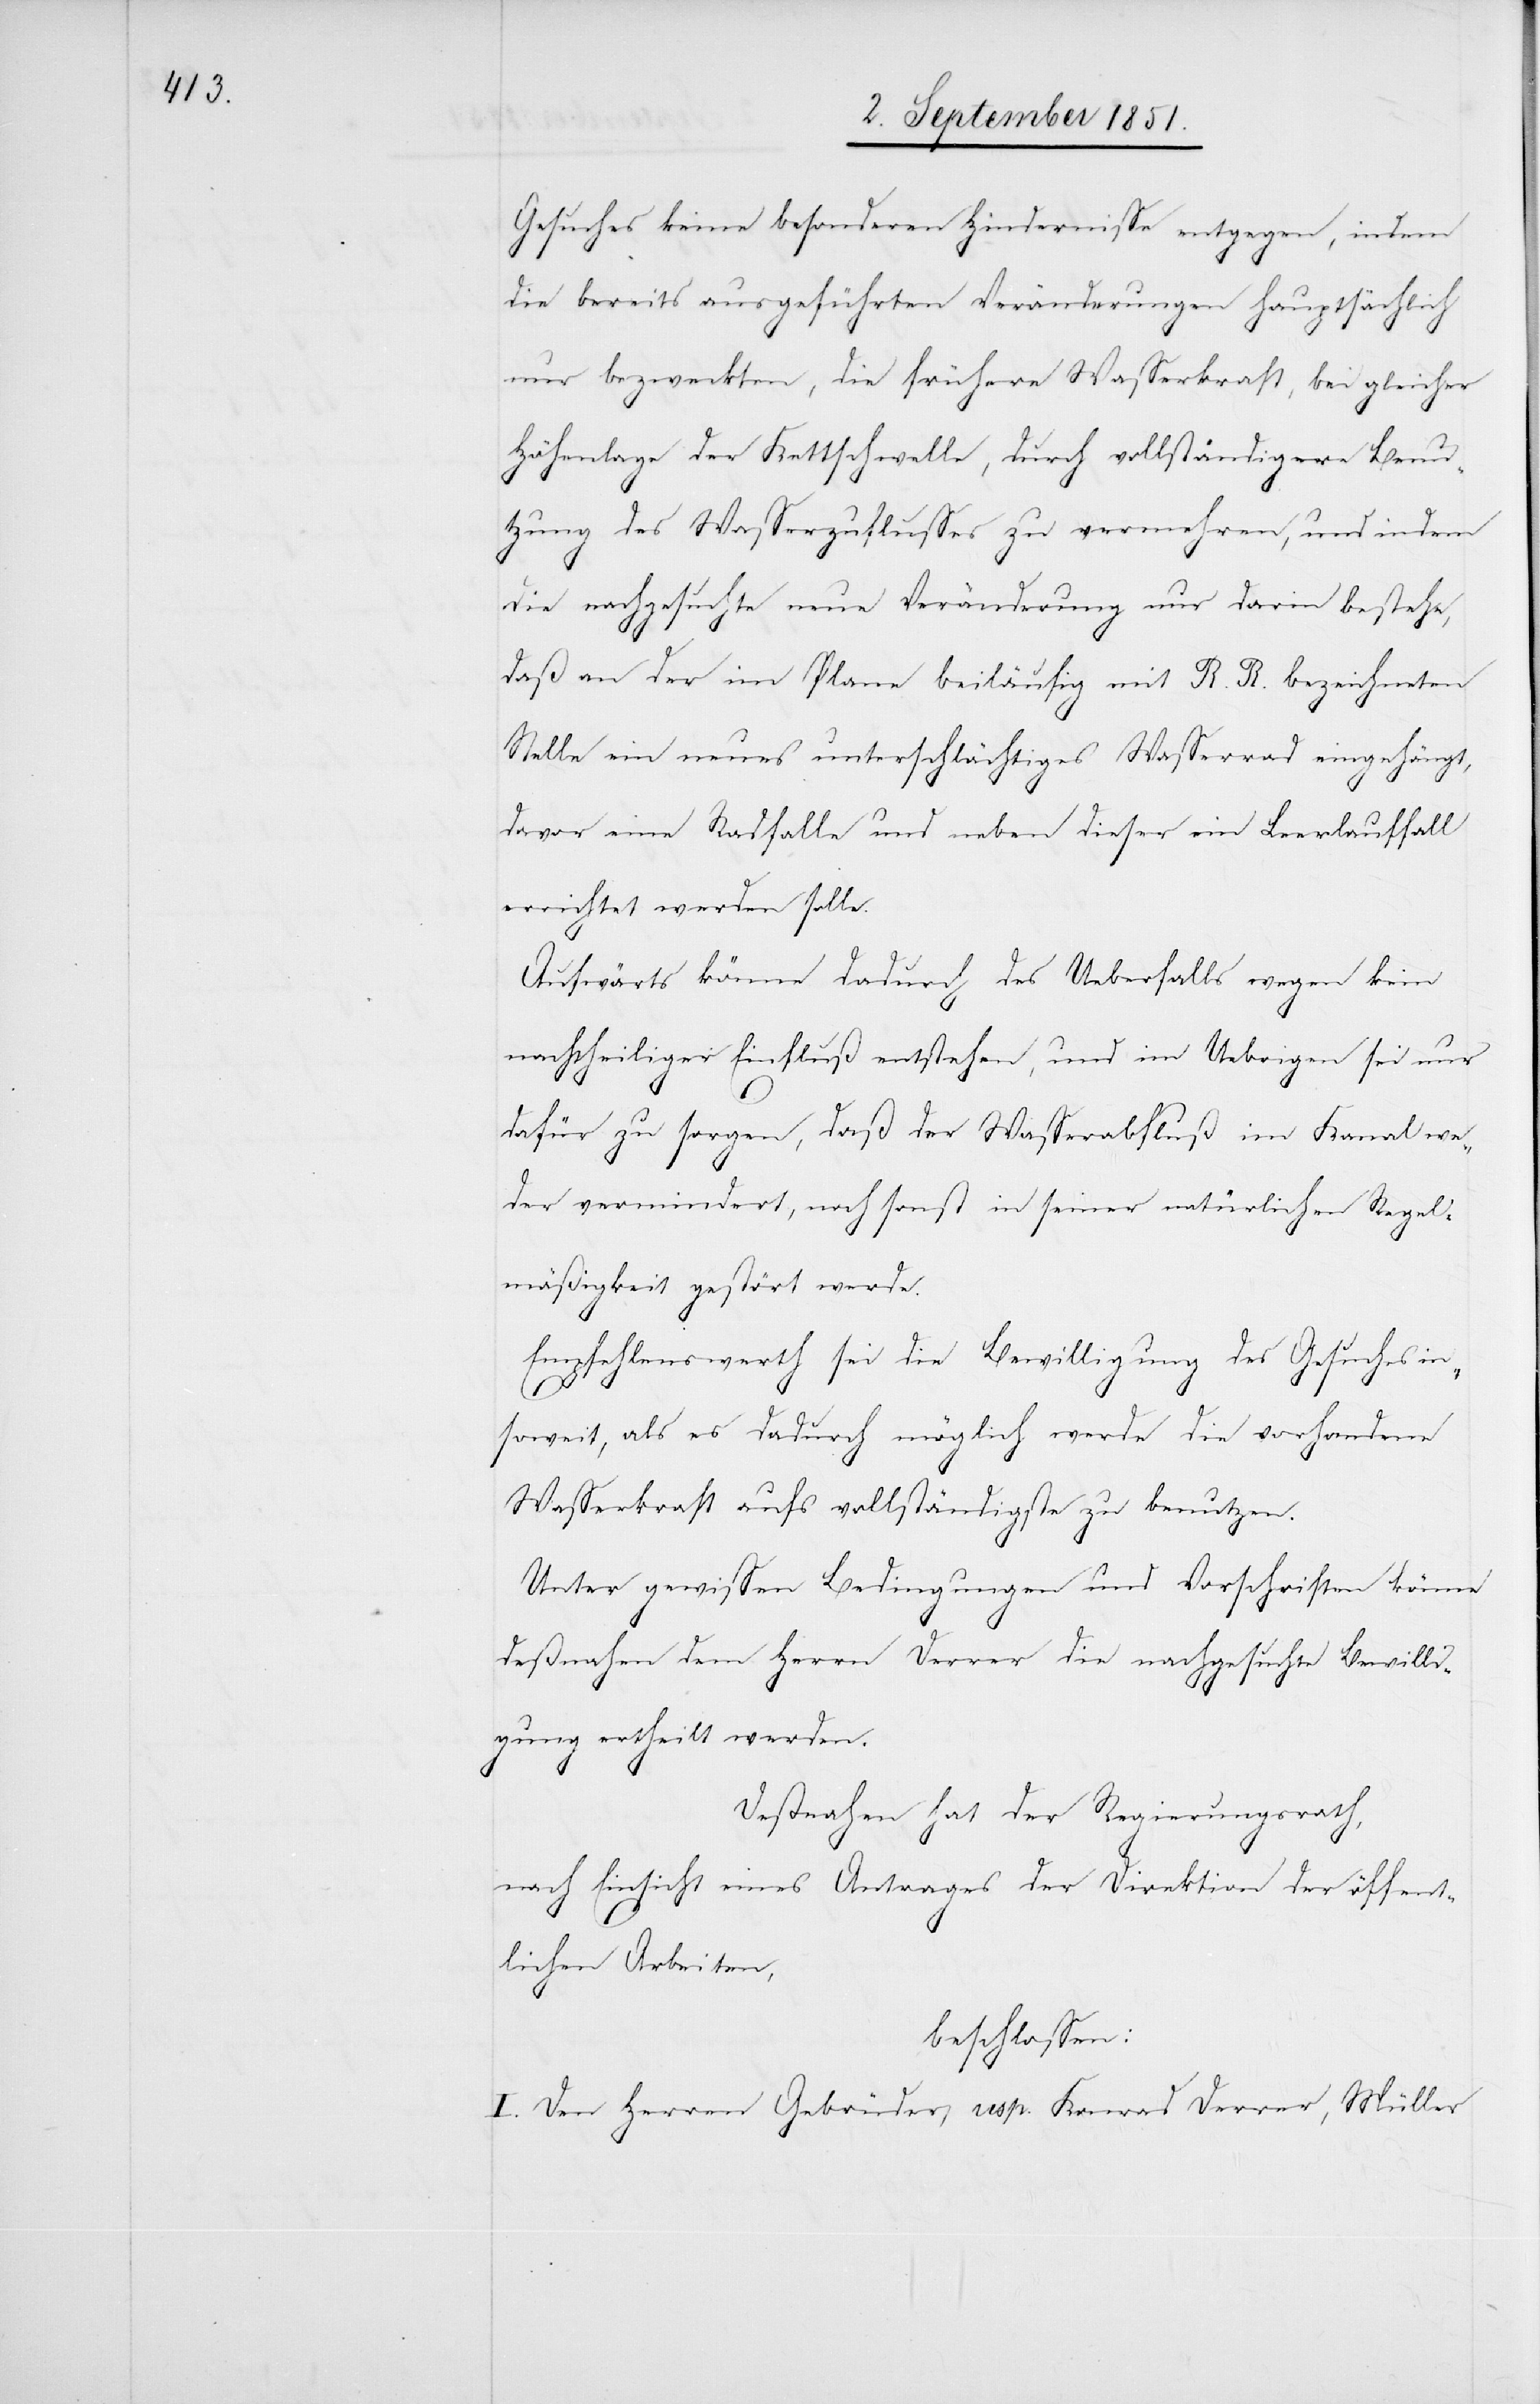
Gesuches keine besonderen Hindernisse entgegen, indem
die bereits ausgeführten Veränderungen hauptsächlich
nur bezweckten, die frühere Wasserkraft, bei gleicher
Höhenlage der Kettschwelle, durch vollständigere Benu¬
tzung des Wasserzuflusses zu vermehren, und indem
die nachgesuchte neue Veränderung nur darin bestehe,
daß an der im Plane beiläufig mit R. R. bezeichneten
Stelle ein neues unterschlächtiges Wasserrad eingehängt,
davor eine Radfalle und neben dieser ein Leerlauffall
errichtet werden solle.
Aufwärts könne dadurch des Ueberfalls wegen kein
nachtheiliger Einfluß entstehen, und im Uebrigen sei nur
dafür zu sorgen, daß der Wasserabfluß im Kanal we¬
der vermindert, noch sonst in seiner natürlichen Regel¬
mäßigkeit gestört werde.
Empfehlenswerth sei die Bewilligung des Gesuches in¬
soweit, als es dadurch möglich werde die vorhandene
Wasserkraft aufs vollständigste zu benutzen.
Unter gewissen Bedingungen und Vorschriften könne
deßnahen dem Herrn Derrer die nachgesuchte Bewilli¬
gung ertheilt werden.
Deßnahen hat der Regierungsrath,
nach Einsicht eines Antrages der Direktion der öffent¬
lichen Arbeiten,
beschlossen:
I. Den Herren Gebrüder, resp. Konrad Derrer, Müller